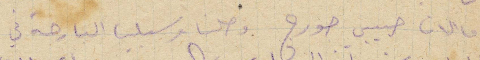
اما الان حبيب جورج وصلنا مرسيليا البارحة في